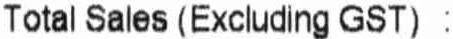
TOTAL SALES (EXCLUDING GST) :